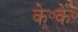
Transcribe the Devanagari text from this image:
के॰के॰